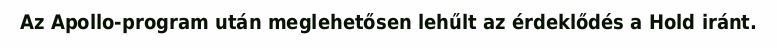
Az Apollo-program után meglehetősen lehűlt az érdeklődés a Hold iránt.